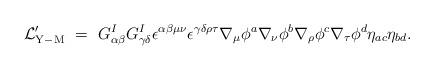
LaTeX: \begin{align*}{\cal L}_{\rm Y-M}^\prime ~=~ G^I_{\alpha\beta} G^I_{\gamma\delta} \epsilon^{\alpha\beta\mu\nu} \epsilon^{\gamma\delta\rho\tau} \nabla_\mu \phi^a \nabla_\nu \phi^b \nabla_\rho \phi^c \nabla_\tau \phi^d \eta_{ac} \eta_{bd}.\end{align*}